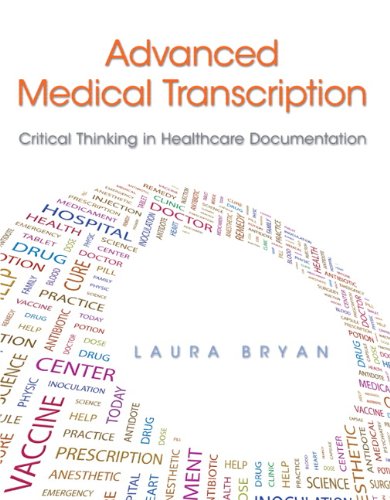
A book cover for Advanced Medical Transcription: Critical Thinking in Healthcare Documentation Plus MyHealthProfessionsKit -- Access Card Package; Laura Bryan; Medical Books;